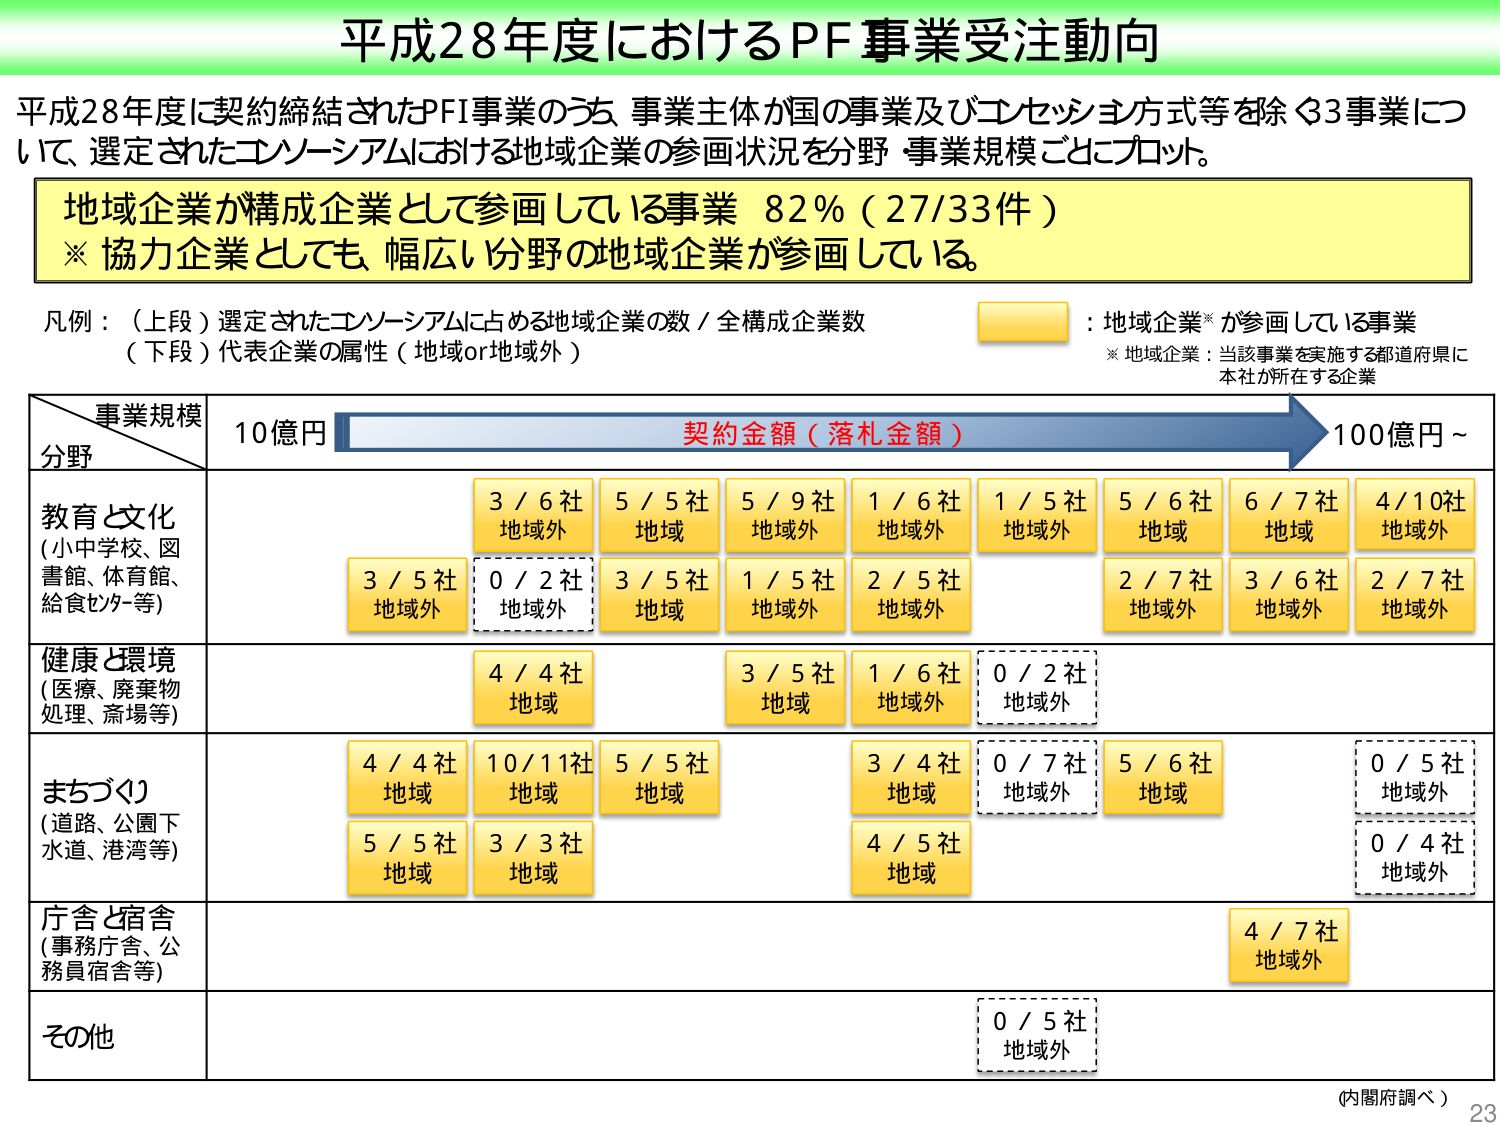
平成28年度におけるPF事業受注動向

平成28年度に契約締結されたPFI事業のうち、事業主体が国の事業及びコンセッション方式等を除く3事業について、選定されたコンソーシアムにおける地域企業の参画状況を分野・事業規模ごとにプロット。

地域企業が構成企業として参画している事業 82％（27/33件）
※ 協力企業としても、幅広い分野の地域企業が参画している。

凡例：（上段）選定されたコンソーシアムに占める地域企業の数／全構成企業数
（下段）代表企業の属性（地域or地域外）

：地域企業※が参画している事業
※ 地域企業：当該事業を実施する都道府県に本社が所在する企業

事業規模
分野
10億円
契約金額（落札金額）
100億円～

教育と文化
（小中学校、図書館、体育館、給食センター等）
3／6社
地域外
5／5社
地域
5／9社
地域外
1／6社
地域外
1／5社
地域外
5／6社
地域
6／7社
地域
4／10社
地域外
3／5社
地域外
0／2社
地域外
3／5社
地域
1／5社
地域外
2／5社
地域外
2／7社
地域外
3／6社
地域外
2／7社
地域外

健康と環境
（医療、廃棄物処理、斎場等）
4／4社
地域
3／5社
地域
1／6社
地域外
0／2社
地域外

まちづくり
（道路、公園下水道、港湾等）
4／4社
地域
10／11社
地域
5／5社
地域
3／4社
地域
0／7社
地域外
5／6社
地域
0／5社
地域外
5／5社
地域
3／3社
地域
4／5社
地域
0／4社
地域外

庁舎と宿舎
（事務庁舎、公務員宿舎等）
4／7社
地域外

その他
0／5社
地域外

（内閣府調べ）
23